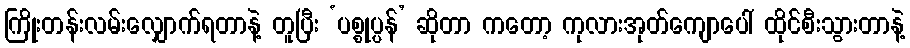
ကြိုးတန်းလမ်းလျှောက်ရတာနဲ့ တူပြီး ‘ပစ္စုပ္ပန်’ ဆိုတာ ကတော့ ကုလားအုတ်ကျောပေါ် ထိုင်စီးသွားတာနဲ့